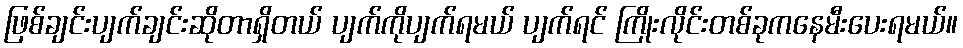
ဖြစ်ချင်းပျက်ချင်းဆိုတာရှိတယ် ပျက်ကိုပျက်ရမယ် ပျက်ရင် ကြိုးလိုင်းတစ်ခုကနေမီးပေးရမယ်။